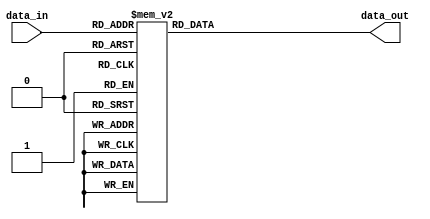
module decoder(data_in,data_out);
input [3:0]data_in;
output [7:0]data_out;
reg [7:0]data_out;
always@(data_in)
  begin
    case(data_in)
      4'b0000:data_out=8'b00111111;//0
      4'b0001:data_out=8'b00000110;//1
      4'b0010:data_out=8'b01011011;//2
	  4'b0011:data_out=8'b01001111;//3
	  4'b0100:data_out=8'b01100110;//4
	  4'b0101:data_out=8'b01101101;//5
	  4'b0110:data_out=8'b01111101;//6
	  4'b0111:data_out=8'b00000111;//7
	  4'b1000:data_out=8'b01111111;//8
	  4'b1001:data_out=8'b01101111;//9
	  4'b1010:data_out=8'b01110111;//A
	  4'b1011:data_out=8'b01111100;//B
	  4'b1100:data_out=8'b00111001;//C
	  4'b1101:data_out=8'b01011110;//D
	  4'b1110:data_out=8'b01111001;//E
	  4'b1111:data_out=8'b01110001;//F
	  default:data_out=8'b00000000;
    endcase
  end
endmodule